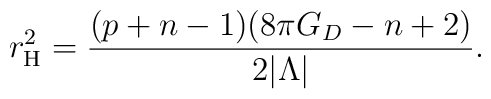
r_{\rm H}^2 = \frac{(p+n-1)(8\pi G_D-n+2)} {2|\Lambda|} .